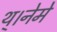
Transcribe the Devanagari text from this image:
थ्।नेमे